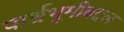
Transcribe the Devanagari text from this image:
पार्श्वभूमीबद्दल